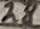
Text: 28